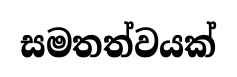
සමතත්වයක්